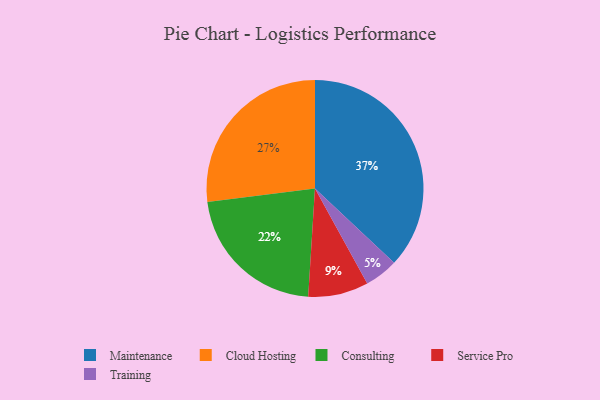
{"axis": {"x": "Category", "y": "Percentage"}, "legend": ["Cloud Hosting", "Consulting", "Maintenance", "Service Pro", "Training"], "data": [{"x": "Service Pro", "y": 9, "type": "Service Pro"}, {"x": "Consulting", "y": 22, "type": "Consulting"}, {"x": "Training", "y": 5, "type": "Training"}, {"x": "Cloud Hosting", "y": 27, "type": "Cloud Hosting"}, {"x": "Maintenance", "y": 37, "type": "Maintenance"}]}